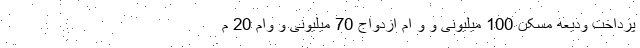
پرداخت ودیعه مسکن 100 میلیونی و و ام ازدواج 70 میلیونی و وام 20 م